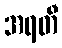
အရတီ